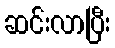
ဆင်းလာပြီး